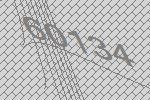
60134